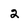
Character: 2